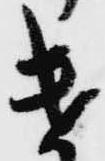
遣